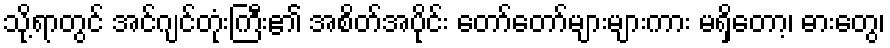
သို့ရာတွင် အင်ဂျင်တုံးကြီး၏ အစိတ်အပိုင်း တော်တော်များများကား မရှိတော့၊ ဓားတွေ၊